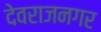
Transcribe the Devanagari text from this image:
देवराजनगर